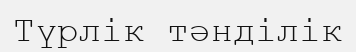
Түрлік тәнділік